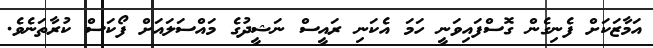
އަމާޒަކަށް ފެނިގެން ގޮސްފައިވަނީ ހަމަ އެކަނި ރައީސް ނަޝީދުގެ މައްސަލައަށް ފޯކަސް ކުރާތަނެވެ.